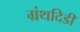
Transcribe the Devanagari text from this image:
ग्रंथदिडी